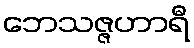
ဘေသဇ္ဇဟာရီ